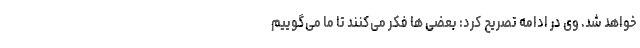
خواهد شد. وی در ادامه تصریح کرد: بعضی ها فکر می‌کنند تا ما می‌گوییم